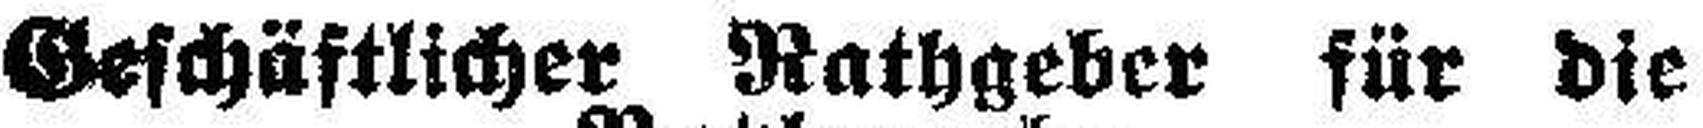
Geschäftlicher Rathgeber für die